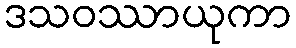
ဒသဝဿာယုကာ